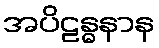
အပိဠန္ဓနာန